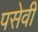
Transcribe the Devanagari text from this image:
पसेवी